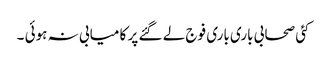
کئی صحابی باری باری فوج لے گئے پر کا میابی نہ ہوئی ۔